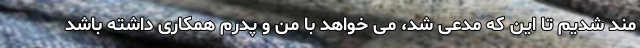
مند شدیم تا این که مدعی شد، می خواهد با من و پدرم همکاری داشته باشد